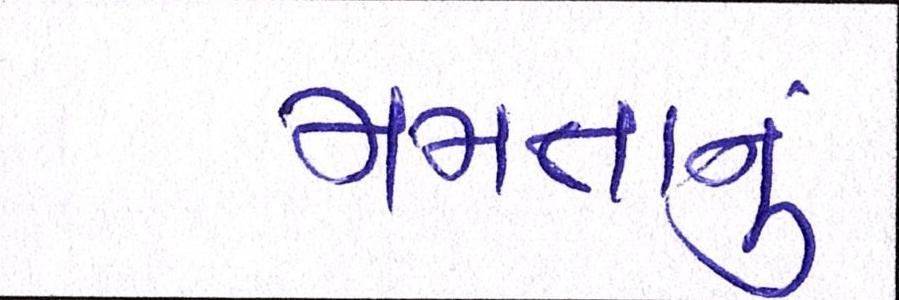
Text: મમતાનું